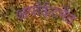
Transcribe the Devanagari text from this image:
अपॉईंटमेंट